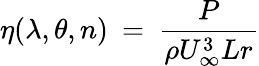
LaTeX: \eta(\lambda,\theta,n)\: =\: \frac{P}{\rho U_{\infty}^{3}Lr}